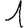
Digit: 1